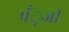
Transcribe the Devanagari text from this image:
पँूजी